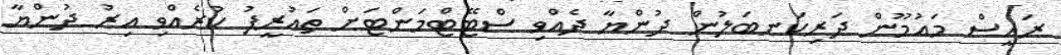
ރައީސް މައުމޫން ދަރިކަނބަލުން ދުންޔާ ދެއްވި ސްޓޭޓްމަންޓަށް ތައުރީފު ކުރެއްވި އިރު ދުންޔާ